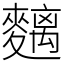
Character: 麶